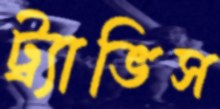
ট্র্যাভিস